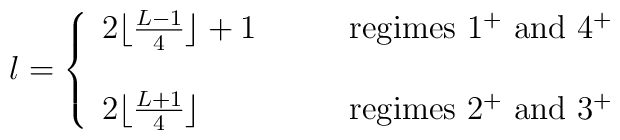
l=\left\{\begin{array}{ll}2\lfloor \frac{L-1}{4} \rfloor +1 &\qquad \mbox{regimes $1^+$ and $4^+$}   \\& \\2\lfloor \frac{L+1}{4} \rfloor& \qquad \mbox{regimes $2^+$ and $3^+$}\end{array} \right.